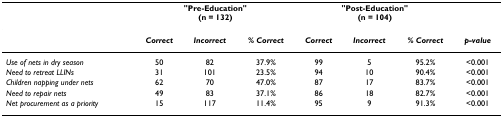
|  | <COLSPAN=3> "Pre-Education"(n = 132) | <COLSPAN=3> "Post-Education"(n = 104) |  |
 | --- | --- | --- | --- | --- | --- | --- | --- |
 |  | Correct | Incorrect | % Correct | Correct | Incorrect | % Correct | p-value |
 | Use of nets in dry season | 50 | 82 | 37.9% | 99 | 5 | 95.2% | <0.001 |
 | Need to retreat LLINs | 31 | 101 | 23.5% | 94 | 10 | 90.4% | <0.001 |
 | Children napping under nets | 62 | 70 | 47.0% | 87 | 17 | 83.7% | <0.001 |
 | Need to repair nets | 49 | 83 | 37.1% | 86 | 18 | 82.7% | <0.001 |
 | Net procurement as a priority | 15 | 117 | 11.4% | 95 | 9 | 91.3% | <0.001 |